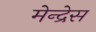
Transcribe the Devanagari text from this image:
मेन्द्रेस